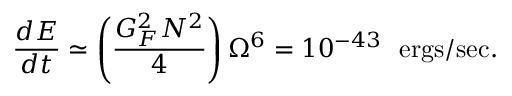
\frac { d E } { d t } \simeq \left( \frac { G _ { F } ^ { 2 } N ^ { 2 } } { 4 } \right) \Omega ^ { 6 } = 1 0 ^ { - 4 3 } ~ ~ \mathrm { e r g s / s e c } .